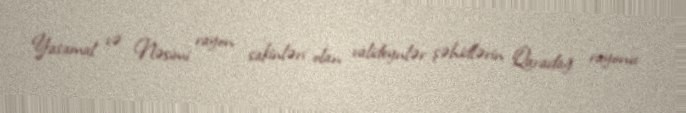
Yasamal və Nəsimi rayon sakinləri olan valideynlər şəhidlərin Qaradağ rayonu